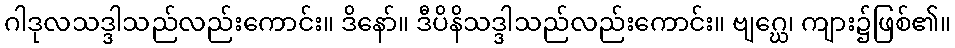
ဂါဒုလသဒ္ဒါသည်လည်းကောင်း။ ဒိနော်။ ဒီပိနိသဒ္ဒါသည်လည်းကောင်း။ ဗျဂ္ဃေ၊ ကျား၌ဖြစ်၏။